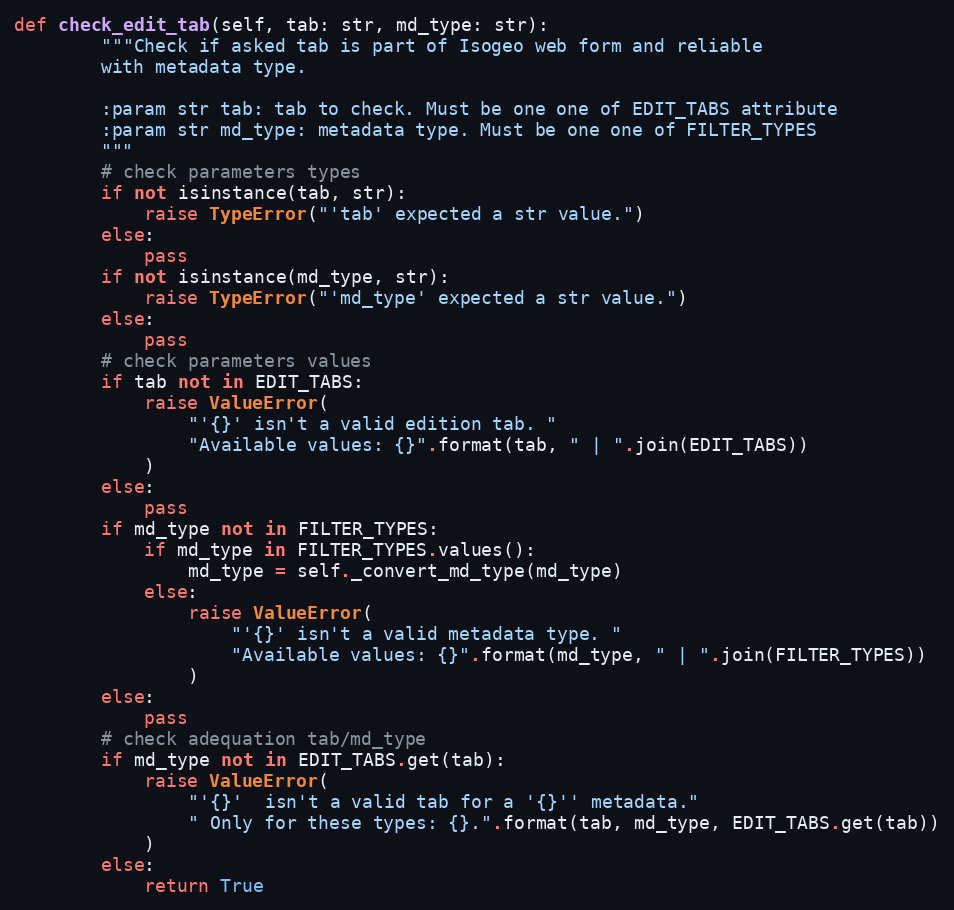
Language: Python
def check_edit_tab(self, tab: str, md_type: str):
        """Check if asked tab is part of Isogeo web form and reliable
        with metadata type.

        :param str tab: tab to check. Must be one one of EDIT_TABS attribute
        :param str md_type: metadata type. Must be one one of FILTER_TYPES
        """
        # check parameters types
        if not isinstance(tab, str):
            raise TypeError("'tab' expected a str value.")
        else:
            pass
        if not isinstance(md_type, str):
            raise TypeError("'md_type' expected a str value.")
        else:
            pass
        # check parameters values
        if tab not in EDIT_TABS:
            raise ValueError(
                "'{}' isn't a valid edition tab. "
                "Available values: {}".format(tab, " | ".join(EDIT_TABS))
            )
        else:
            pass
        if md_type not in FILTER_TYPES:
            if md_type in FILTER_TYPES.values():
                md_type = self._convert_md_type(md_type)
            else:
                raise ValueError(
                    "'{}' isn't a valid metadata type. "
                    "Available values: {}".format(md_type, " | ".join(FILTER_TYPES))
                )
        else:
            pass
        # check adequation tab/md_type
        if md_type not in EDIT_TABS.get(tab):
            raise ValueError(
                "'{}'  isn't a valid tab for a '{}'' metadata."
                " Only for these types: {}.".format(tab, md_type, EDIT_TABS.get(tab))
            )
        else:
            return True